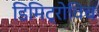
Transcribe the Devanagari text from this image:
डिमिट्रोविच